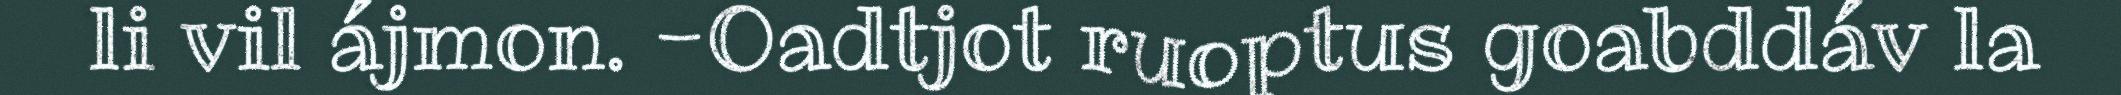
li vil ájmon. -Oadtjot ruoptus goabddáv la